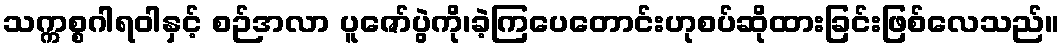
သက္ကစ္စဂါရဝါနှင့် စဉ်အလာ ပူဇော်ပွဲကို၊ခဲ့ကြပေတောင်းဟုစပ်ဆိုထားခြင်းဖြစ်လေသည်။